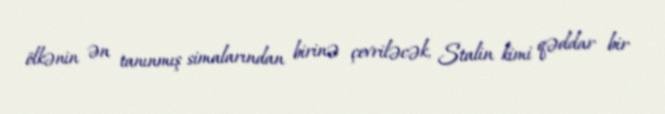
ölkənin ən tanınmış simalarından birinə çevriləcək, Stalin kimi qəddar bir